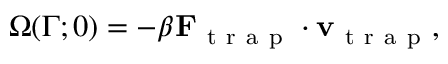
\Omega ( \Gamma ; 0 ) = - \beta \mathbf { F } _ { \mathrm { ~ t ~ r ~ a ~ p ~ } } \cdot \mathbf { v } _ { \mathrm { ~ t ~ r ~ a ~ p ~ } } ,